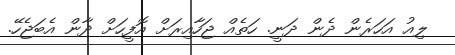
ލިއު އަހަރެން ދެން ދަނީ. ހަތެއް ޖަހާއިރަށް އޮފީހަށް ދާން އެބަޖެހޭ.